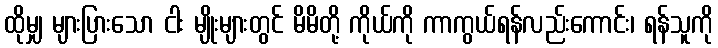
ထိုမျှ များပြားသော ငါး မျိုးများတွင် မိမိတို့ ကိုယ်ကို ကာကွယ်ရန်လည်းကောင်း၊ ရန်သူကို